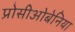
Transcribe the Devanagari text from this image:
प्रोसीओबेनिया